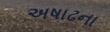
અષાઢના